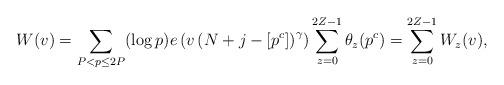
LaTeX: \begin{align*}W(v)=\sum_{P<p \leq 2P}(\log p) e\left(v\left(N+j-\left[p^{c}\right]\right)^{\gamma}\right)\sum_{z=0}^{2Z-1}\theta_{z}(p^c)=\sum_{z=0}^{2Z-1}W_{z}(v),\end{align*}